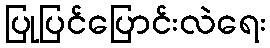
ပြုပြင်ပြောင်းလဲရေး